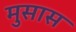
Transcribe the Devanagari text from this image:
मुसास